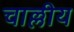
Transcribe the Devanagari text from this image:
चाल्लीय